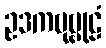
ဥဒကဗုဗ္ဗုဠံ